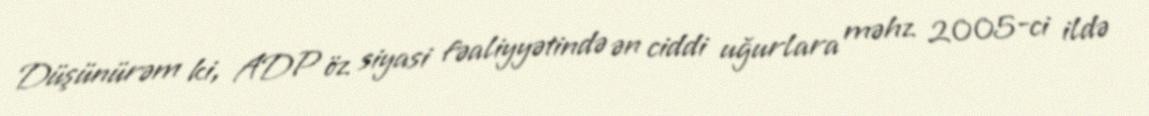
Düşünürəm ki, ADP öz siyasi fəaliyyətində ən ciddi uğurlara məhz 2005-ci ildə